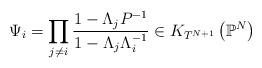
LaTeX: \begin{align*} \Psi_i = \prod_{j \neq i} \frac{1-\Lambda_j P^{-1}}{1-\Lambda_j \Lambda_i^{-1}} \in K_{T^{N+1}}\left( \mathbb{P}^N \right) \end{align*}